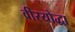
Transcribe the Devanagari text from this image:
वीरयोद्धा